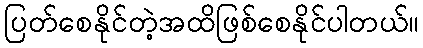
ပြတ်စေနိုင်တဲ့အထိဖြစ်စေနိုင်ပါတယ်။